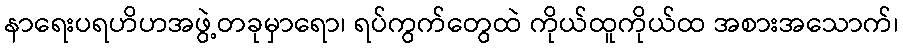
နာရေးပရဟိဟအဖွဲ့တခုမှာရော၊ ရပ်ကွက်တွေထဲ ကိုယ်ထူကိုယ်ထ အစားအသောက်၊